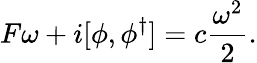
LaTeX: F\omega+i[\phi,\phi^{\dagger}]=c\frac{\omega^{2}}2.